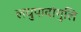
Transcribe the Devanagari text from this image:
लघुपादांगुलि